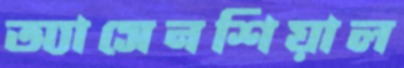
অ্যাসেনশিয়াল